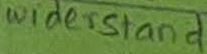
Text: widerstand